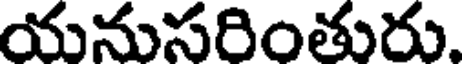
యనుసరింతురు.